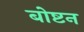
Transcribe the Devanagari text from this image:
बोष्टन